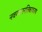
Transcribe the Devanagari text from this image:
नवरक्तनलिकाकरण